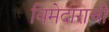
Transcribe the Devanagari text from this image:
विमेदाराची